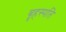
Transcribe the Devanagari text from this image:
बॄहस्पति